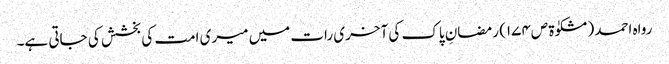
رواہ احمد (مشکوٰۃ ص١٧٤) رمضانِ پاک کی آخری رات میں میری امت کی بخشش کی جاتی ہے۔